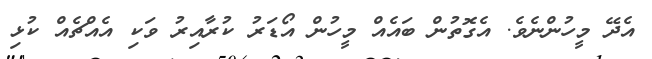
އެދޭ މީހުންނެވެ. އެގޮތުން ބައެއް މީހުން އޯޑަރު ކުރާއިރު ވަކި އެއްޗެއް ކުޅި